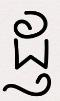
ដ្ញ